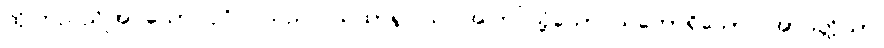
ထိုကြည်ညိုအပ်သော ပုဂ္ဂိုလ်သည်။ ယထာရူပါယ၊ အကြင်သို့သော သဘောရှိသော။ အာပတ္တိယာ၊